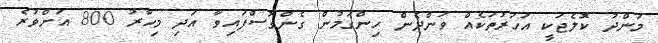
މަންދު ކޮލެޖަކީ އަހަރުތަކެއް ވަންދެން ހިންގަމުން ގެންގޮސްފައިވާ އަދި މިހާރު 800 އަށްވުރެ